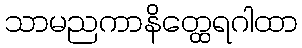
သာမညကာနိတ္ထေရဂါထာ